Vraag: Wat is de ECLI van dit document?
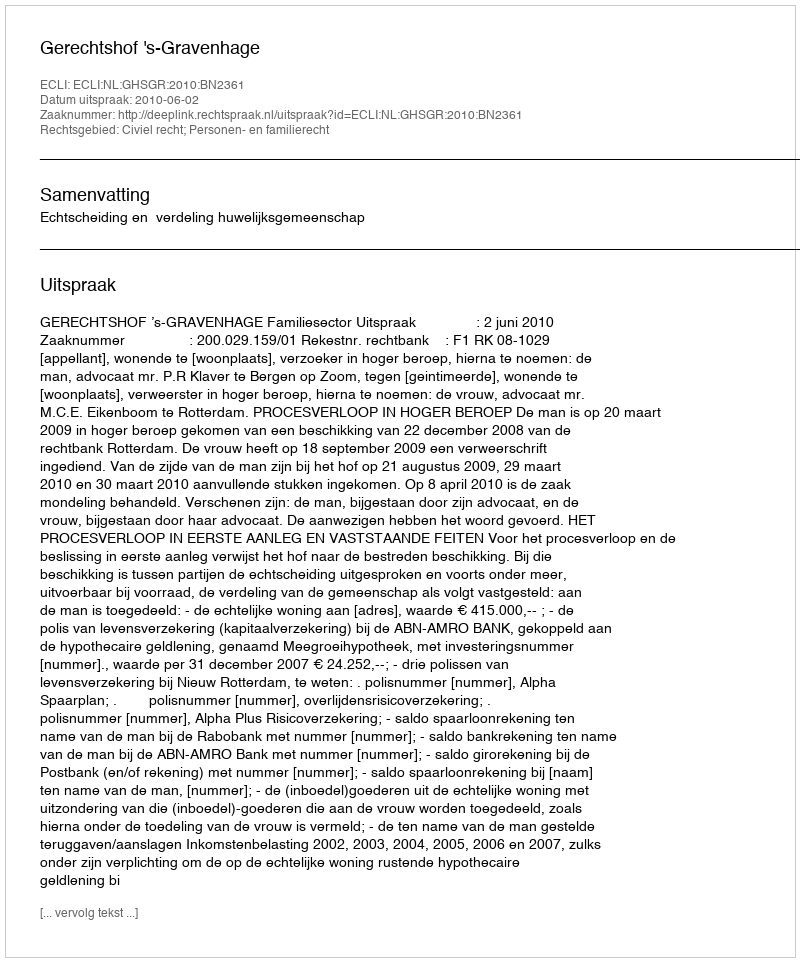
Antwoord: ECLI:NL:GHSGR:2010:BN2361